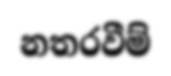
නතරවීම්